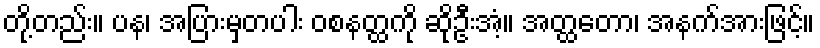
တို့တည်း။ ပန၊ အပြားမှတပါး ဝစနတ္ထကို ဆိုဦးအံ့။ အတ္ထတော၊ အနက်အားဖြင့်။